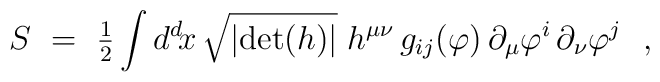
S~=~{\textstyle{1\over 2}} \int d^d\! x \, \sqrt{\vert {\rm det}(h) \vert} \;     h^{\mu\nu} \, g_{ij}(\varphi) \,     \partial_\mu \varphi^i \, \partial_\nu\varphi^j~~,